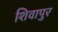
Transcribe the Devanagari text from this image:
शिवापुर